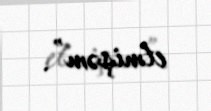
etmişəm”.